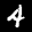
Label: 4